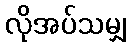
လိုအပ်သမျှ